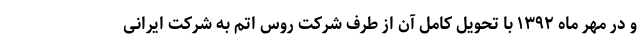
و در مهر ماه ۱۳۹۲ با تحویل کامل آن از طرف شرکت روس اتم به شرکت ایرانی